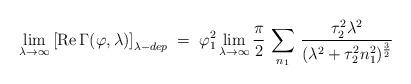
LaTeX: \begin{align*}\lim_{\lambda \to \infty}\left[ {\rm Re} \, \Gamma (\varphi , \lambda)\right]_{\lambda - dep} \;=\; \varphi_1^2 \lim_{\lambda \to \infty}\frac{\pi}{2} \, \sum_{n_1} \,\frac{\tau_2^2 \lambda^2}{(\lambda^2 + \tau_2^2n_1^2)^{\frac{3}{2}}} \,\end{align*}